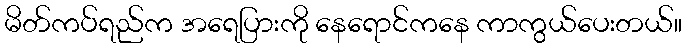
မိတ်ကပ်ရည်က အရေပြားကို နေရောင်ကနေ ကာကွယ်ပေးတယ်။